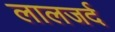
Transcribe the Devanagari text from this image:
लालजर्द